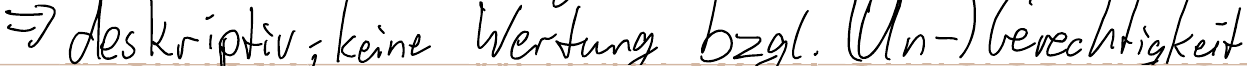
=> deskriptiv; keine Wertung bzgl. (Un-) Gerechtigkeit